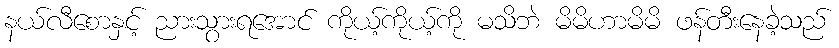
နယ်လီစောနှင့် ညားသွားရအောင် ကိုယ့်ကိုယ့်ကို မသိဘဲ မိမိဟာမိမိ ဖန်တီးနေခဲ့သည်